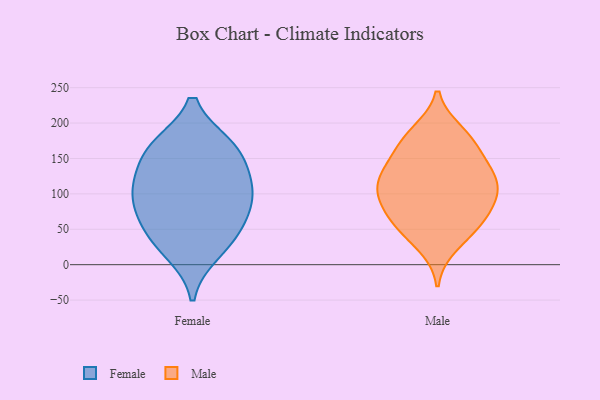
{"axis": {"x": "Inventory Turnover", "y": "Value"}, "legend": ["Female", "Male"], "data": [{"x": "", "y": 18, "type": "Female"}, {"x": "", "y": 164, "type": "Female"}, {"x": "", "y": 52, "type": "Female"}, {"x": "", "y": 125, "type": "Female"}, {"x": "", "y": 110, "type": "Female"}, {"x": "", "y": 102, "type": "Female"}, {"x": "", "y": 164, "type": "Female"}, {"x": "", "y": 37, "type": "Female"}, {"x": "", "y": 167, "type": "Female"}, {"x": "", "y": 72, "type": "Female"}, {"x": "", "y": 92, "type": "Female"}, {"x": "", "y": 120, "type": "Male"}, {"x": "", "y": 142, "type": "Male"}, {"x": "", "y": 27, "type": "Male"}, {"x": "", "y": 125, "type": "Male"}, {"x": "", "y": 81, "type": "Male"}, {"x": "", "y": 56, "type": "Male"}, {"x": "", "y": 91, "type": "Male"}, {"x": "", "y": 53, "type": "Male"}, {"x": "", "y": 156, "type": "Male"}, {"x": "", "y": 90, "type": "Male"}, {"x": "", "y": 178, "type": "Male"}, {"x": "", "y": 97, "type": "Male"}, {"x": "", "y": 120, "type": "Male"}, {"x": "", "y": 177, "type": "Male"}, {"x": "", "y": 187, "type": "Male"}, {"x": "", "y": 55, "type": "Male"}, {"x": "", "y": 120, "type": "Male"}]}